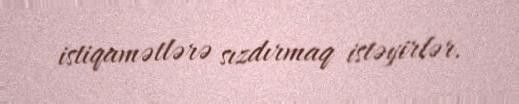
istiqamətlərə sızdırmaq istəyirlər.